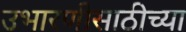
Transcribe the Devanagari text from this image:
उभारणीसाठीच्या